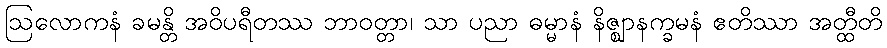
ဩလောကနံ ခမန္တိ အဝိပရီတဿ ဘာဝတ္တာ၊ သာ ပညာ ဓမ္မာနံ နိဇ္ဈာနက္ခမနံ ဧတိဿာ အတ္ထီတိ